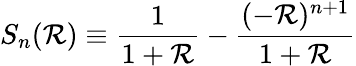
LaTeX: S_{n}(\mathcal{R})\equiv\frac{{1}}{{1+\mathcal{R}}}-\frac{{(-\mathcal{R})^{n+1}}}{{1+\mathcal{R}}}